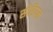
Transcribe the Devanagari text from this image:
सोडियल